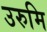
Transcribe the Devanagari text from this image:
उरुमि